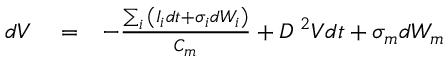
\begin{array} { r l r } { d V } & { { } = } & { - \frac { \sum _ { i } { \left( I _ { i } d t + \sigma _ { i } d W _ { i } \right) } } { C _ { m } } + D \mathrm { \nabla } ^ { 2 } V d t + \sigma _ { m } d W _ { m } } \end{array}